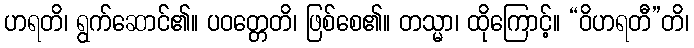
ဟရတိ၊ ရွက်ဆောင်၏။ ပဝတ္တေတိ၊ ဖြစ်စေ၏။ တသ္မာ၊ ထိုကြောင့်။ “ဝိဟရတီ”တိ၊